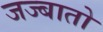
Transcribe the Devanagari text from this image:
जज्बातो